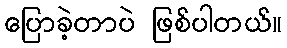
ပြောခဲ့တာပဲ ဖြစ်ပါတယ်။